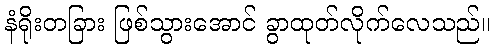
နံရိုးတခြား ဖြစ်သွားအောင် ခွာထုတ်လိုက်လေသည်။